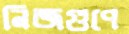
নিজগুণে